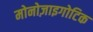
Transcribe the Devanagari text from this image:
मोनोज़ाइगोटिक